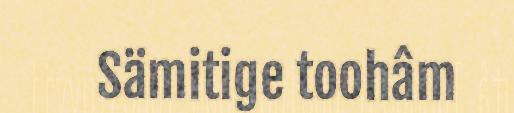
Sämitige toohâm